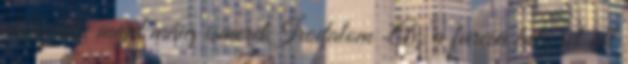
előkerült, majd máig ismeretIrodalom „Az a furcsa helyzet áll